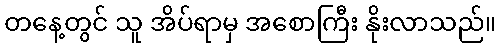
တနေ့တွင် သူ အိပ်ရာမှ အစောကြီး နိုးလာသည်။